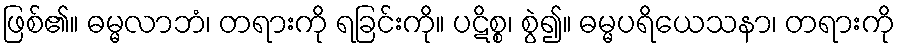
ဖြစ်၏။ ဓမ္မလာဘံ၊ တရားကို ရခြင်းကို။ ပဋိစ္စ၊ စွဲ၍။ ဓမ္မပရိယေသနာ၊ တရားကို